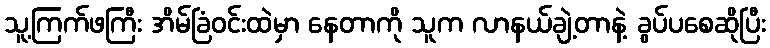
သူ့ကြက်ဖကြီး အိမ်ခြံဝင်းထဲမှာ နေတာကို သူက လာနယ်ချဲ့တာနဲ့ ခွပ်ပစေဆိုပြီး